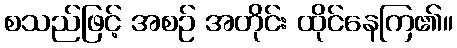
စသည်ဖြင့် အစဉ် အတိုင်း ထိုင်နေကြ၏။